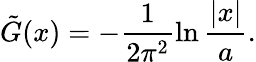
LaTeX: \tilde{G}(x)=-\frac{1}{2\pi^{2}}\ln\frac{|x|}{a}.